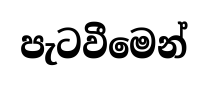
පැටවීමෙන්